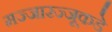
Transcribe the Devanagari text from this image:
मज्जारज्जूकडे